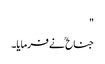
"
جناح ؒ نے فرمایا۔